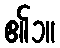
၏၁။